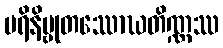
ပရိနိဗ္ဗုတဿောဃတိဏ္ဏဿ